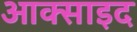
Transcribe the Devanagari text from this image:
आक्साइद